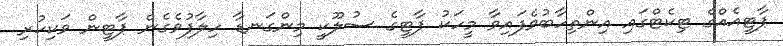
ޕާޓީއެއްގެ ޓިކެޓްގައި އިންތިހާބުވެފައިވާ މީހަކު ޕާޓީގެ ސުލޫކީ މިންގަނޑާ ހިލާފުވެގެން ޕާޓީން ވަކިކުރި